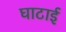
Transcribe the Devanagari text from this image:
घाटाई